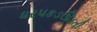
ધરપકડઊડતી